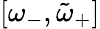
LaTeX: [\omega_{-},\tilde{\omega}_{+}]